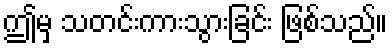
ဤမှ သတင်းကားသွားခြင်း ဖြစ်သည်။